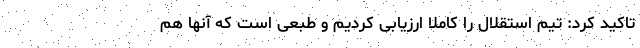
تاکید کرد: تیم استقلال را کاملا ارزیابی کردیم و طبعی است که آنها هم